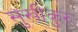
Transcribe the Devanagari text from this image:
सुखीकुरु